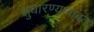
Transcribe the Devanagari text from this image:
सुधारण्याबाबत